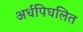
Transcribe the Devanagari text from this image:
अर्धपिघलित